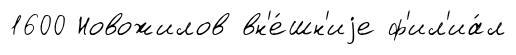
1600 Новожилов вн'е́шн'иjе ф'ил'иа́л